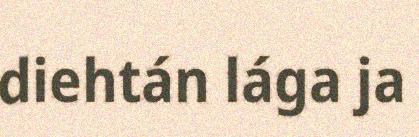
diehtán lága ja